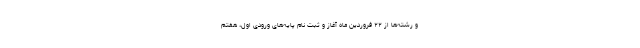
و رشته‌ها از ۲۲ فروردین ماه آغاز و ثبت نام پایه‌های ورودی اول، هفتم